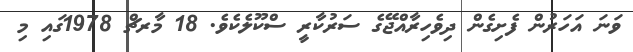
ވަނަ އަހަރުން ފެށިގެން ދިވެހިރާއްޖޭގެ ސަރުކާރީ ސްކޫލެކެވެ. 18 މާރޗް 1978ގައި މި